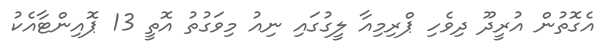
އެގޮތުން އުރީދޫ ދިވެހި ޕްރިމިއާ ލީގުގައި ނިއު މިވަގުތު އޮތީ 13 ޕޮއިންޓާއެކު